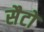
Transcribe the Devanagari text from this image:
सैटो